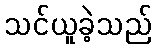
သင်ယူခဲ့သည်